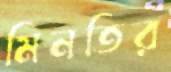
মিনতির